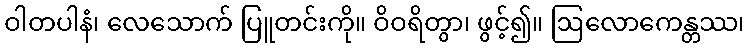
ဝါတပါနံ၊ လေသောက် ပြူတင်းကို။ ဝိဝရိတွာ၊ ဖွင့်၍။ ဩလောကေန္တဿ၊